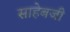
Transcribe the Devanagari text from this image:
साहेबजी